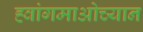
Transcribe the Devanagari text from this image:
ह्वांगमाओच्यान